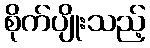
စိုက်ပျိုးသည့်